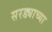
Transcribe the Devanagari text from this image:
सरड्याच्या